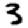
Digit: 3